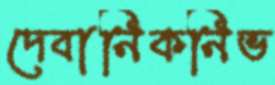
দেবানিকনিভ